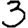
Digit: 3